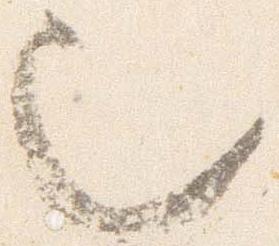
也